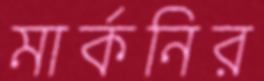
মার্কনির